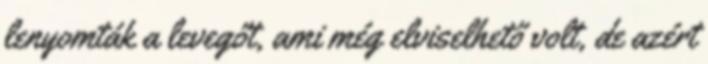
lenyomták a levegőt, ami még elviselhető volt, de azért